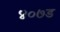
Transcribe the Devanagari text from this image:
४०७ड